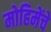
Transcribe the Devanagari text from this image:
मोहिमेंचे